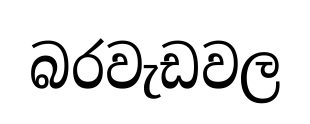
බරවැඩවල